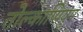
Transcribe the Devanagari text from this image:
तोल्काप्पियुम